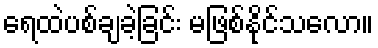
ရေထဲပစ်ချခဲ့ခြင်း မဖြစ်နိုင်သလော။